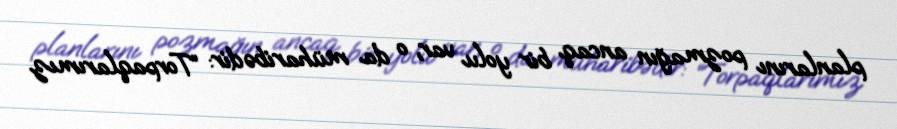
planlarını pozmağın ancaq bir yolu var, o da müharibədir: “Torpaqlarımız